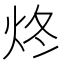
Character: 炵